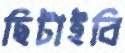
ছিটাইবি